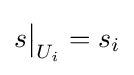
s{\big \vert }_{U_{i}}=s_{i}